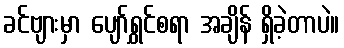
ခင်ဗျားမှာ ပျော်ရွှင်စရာ အချိန် ရှိခဲ့တာပဲ။